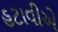
હટાવીએ